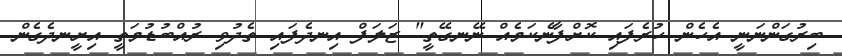
ބިރުގަންނަނީ އެހެން ހުރެފައި ކޮށްފާނެކަމެއް ނޭނގޭތީ" ޒަލަފް އިނދެފައި ތެދުވި ރުއްބުޑުމަތީ އިށީނދެގެން